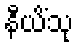
နီယိံသု